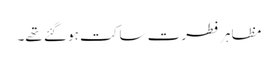
مظاہر فطرت ساکت ہو گئے تھے۔